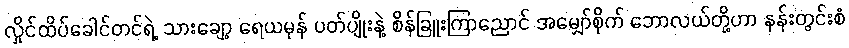
လှိုင်ထိပ်ခေါင်တင်ရဲ့ သားချော့ ရေယမုန် ပတ်ပျိုးနဲ့ စိန်ခြူးကြာညောင် အမျှော်စိုက် ဘောလယ်တို့ဟာ နန်းတွင်းစံ